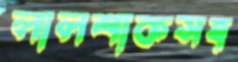
লালশাকসহ